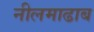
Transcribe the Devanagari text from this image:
नीलमाढाब